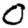
Digit: 0